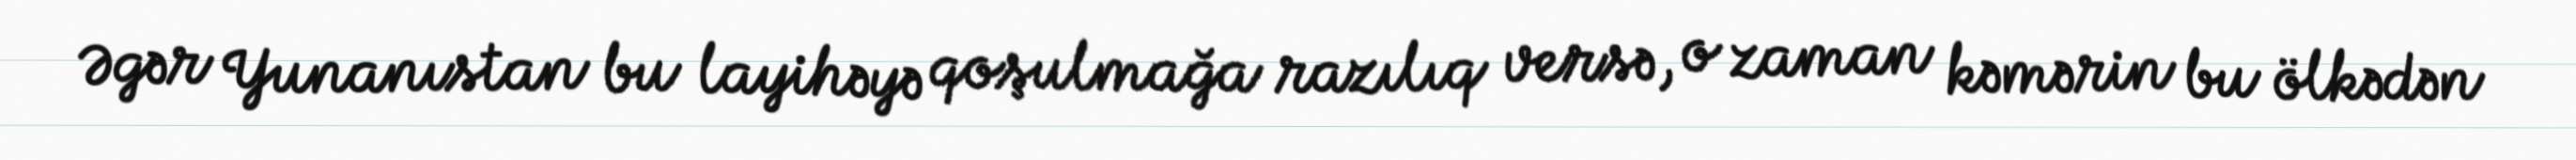
Əgər Yunanıstan bu layihəyə qoşulmağa razılıq versə, o zaman kəmərin bu ölkədən